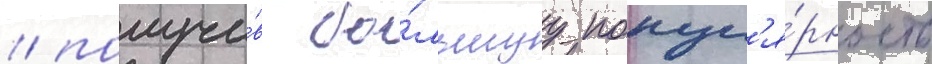
/ получи́в бо́льшуу попул'я́рность